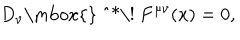
D _ { \nu } \mathrm { \mathrm { } ~ ^ { * } \! ~ } F ^ { \mu \nu } ( x ) = 0 ,